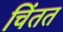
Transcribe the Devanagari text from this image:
चिंतत